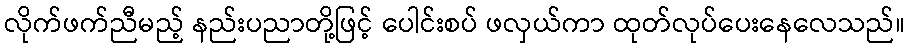
လိုက်ဖက်ညီမည့် နည်းပညာတို့ဖြင့် ပေါင်းစပ် ဖလှယ်ကာ ထုတ်လုပ်ပေးနေလေသည်။